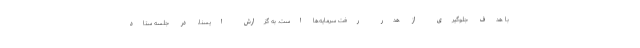
با هدف جلوگیری از هدر رفت سرمایه‌ها است. به گزارش ایسنا، در جلسه ستاد